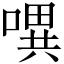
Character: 𭊈